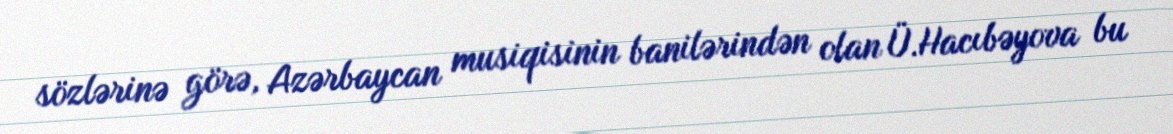
sözlərinə görə, Azərbaycan musiqisinin banilərindən olan Ü.Hacıbəyova bu